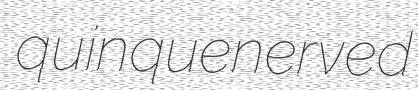
quinquenerved